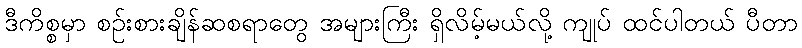
ဒီကိစ္စမှာ စဉ်းစားချိန်ဆစရာတွေ အများကြီး ရှိလိမ့်မယ်လို့ ကျုပ် ထင်ပါတယ် ပီတာ